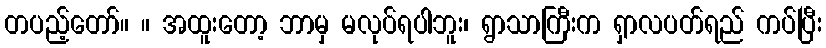
တပည့်တော်။ ။ အထူးတော့ ဘာမှ မလုပ်ရပါဘူး၊ ရွာသာကြီးက ရှာလပတ်ရည် ကပ်ပြီး